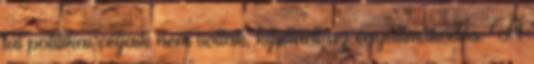
túl politikai céljaik nem voltak, kifulladt az együttműködés. A